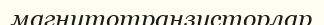
магнитотранзисторлар